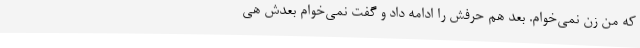
که من زن نمی‌خوام. بعد هم حرفش را ادامه داد و گفت نمی‌خوام بعدش هی